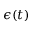
\epsilon ( t )